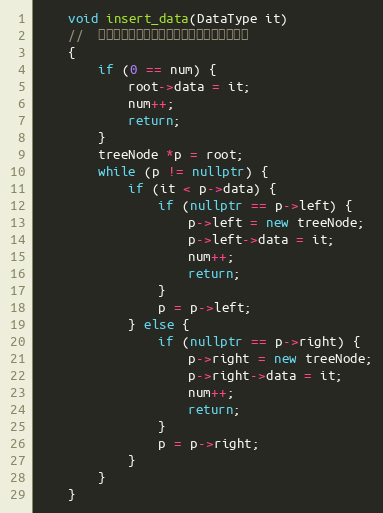
Language: C++
    void insert_data(DataType it)
    //  利用二分查找的思想，借助树的结构使用递归
    {
        if (0 == num) {
            root->data = it;
            num++;
            return;
        }
        treeNode *p = root;
        while (p != nullptr) {
            if (it < p->data) {
                if (nullptr == p->left) {
                    p->left = new treeNode;
                    p->left->data = it;
                    num++;
                    return;
                }
                p = p->left;
            } else {
                if (nullptr == p->right) {
                    p->right = new treeNode;
                    p->right->data = it;
                    num++;
                    return;
                }
                p = p->right;
            }
        }
    }